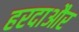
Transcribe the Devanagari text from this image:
हरदाऔर